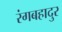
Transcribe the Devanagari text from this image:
रंगबहादुर